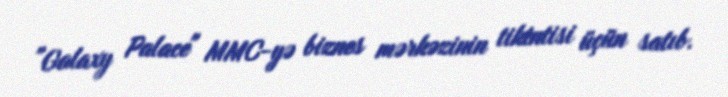
”Galaxy Palace" MMC-yə biznes mərkəzinin tikintisi üçün satıb.